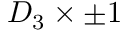
D _ { 3 } \times \pm 1